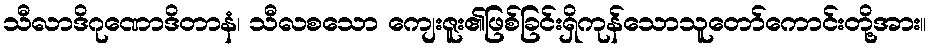
သီလာဒိဂုဏောဒိတာနံ၊ သီလစသော ကျေးဇူး၏ဖြစ်ခြင်းရှိကုန်သောသူတော်ကောင်းတို့အား။